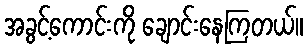
အခွင့်ကောင်းကို ချောင်းနေကြတယ်။